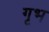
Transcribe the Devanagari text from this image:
गृभ